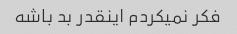
فکر نمیکردم اینقدر بد باشه